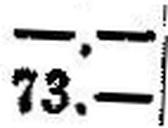
73.—